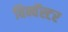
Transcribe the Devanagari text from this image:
विन्चॅस्टर